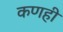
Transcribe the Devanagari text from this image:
कणही